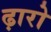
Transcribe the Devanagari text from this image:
ढ़ारो